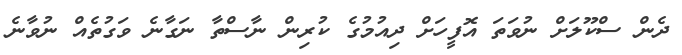
ދެން ސްކޫލަށް ނުވަތަ އޮފީހަށް ދިއުމުގެ ކުރިން ނާސްތާ ނަގާނެ ވަގުތެއް ނުވާނެ